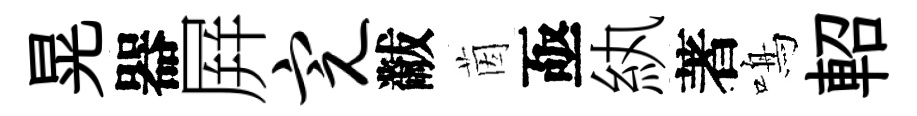
晃器屛完黻茵亟紈著鳴軺